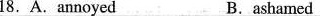
18. A.annoyed B.ashmed